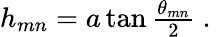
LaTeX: \begin{array}{r}{h_{mn}=a\tan{\frac{\theta_{mn}}{2}}\mathrm{~.~}}\end{array}